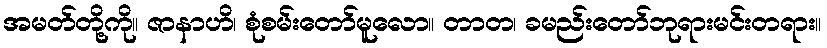
အမတ်တို့ကို။ ဇာနာဟိ၊ စုံစမ်းတော်မူလော။ တာတ၊ ခမည်းတော်ဘုရားမင်းတရား။